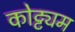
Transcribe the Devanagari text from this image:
कोट्ट्यम